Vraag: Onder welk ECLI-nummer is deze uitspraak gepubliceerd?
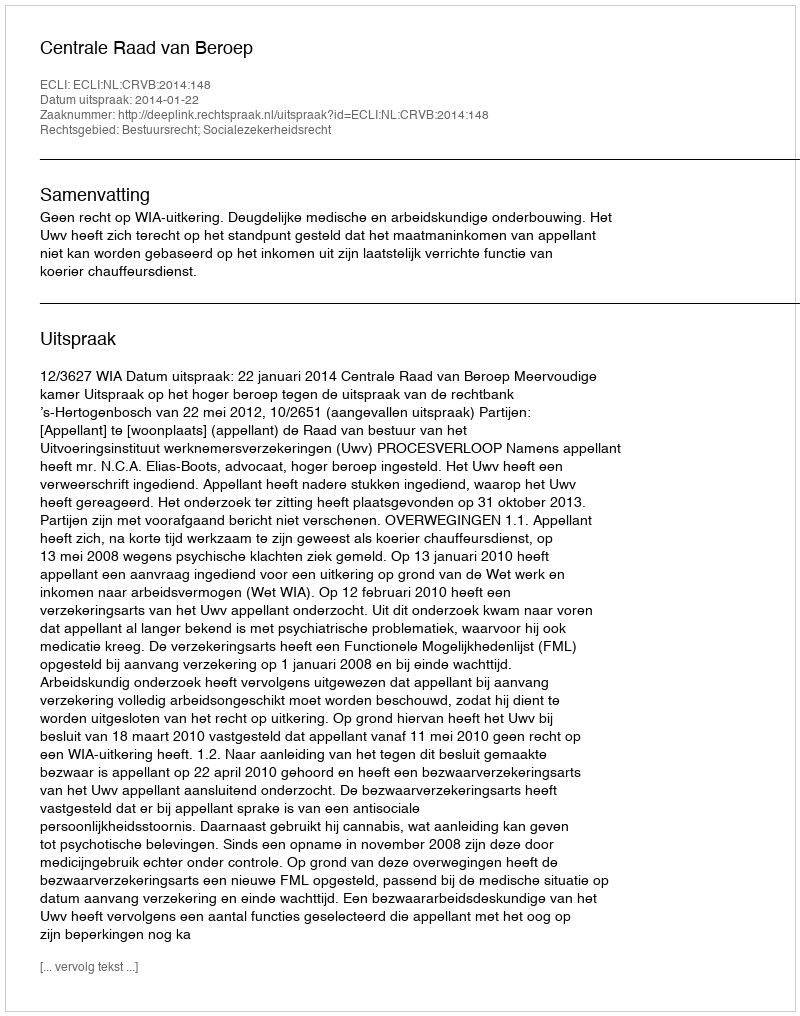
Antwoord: ECLI:NL:CRVB:2014:148